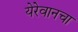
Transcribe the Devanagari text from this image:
येरेवानचा